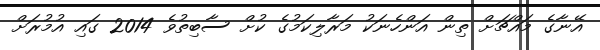
އޭނާގެ މައްޗަށް ތިން އަންހެނަކު މަރާލިކަމުގެ ކުށް ސާބިތުވެ 2014 ގައި އުމުރަށް